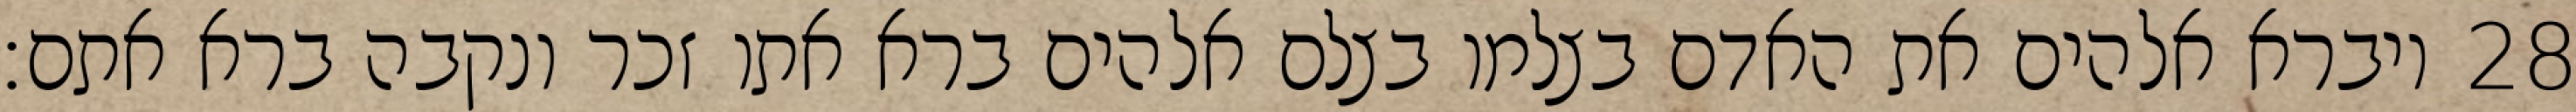
ויברא אלהים את האדם בצלמו בצלם אלהים ברא אתו זכר ונקבה ברא אתם׃ ‎28‏